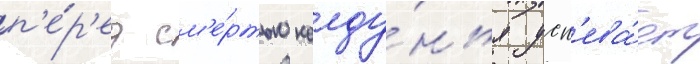
п'е́р'ед см'е́ртью колду́нья усп'ева́ет